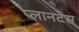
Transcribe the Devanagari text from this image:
प्लानटेस